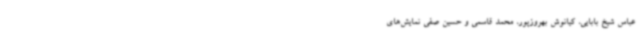
عباس شیخ بابایی، کیانوش بهروزپور، محمد قاسمی و حسین صفی نمایش‌های